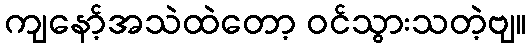
ကျနော့်အသဲထဲတော့ ဝင်သွားသတဲ့ဗျ။